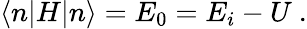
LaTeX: \langle n|H|n\rangle=E_{0}=E_{i}-U\ .